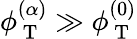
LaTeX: \phi_{\mathrm{~T~}}^{(\alpha)}\gg\phi_{\mathrm{~T~}}^{(0)}